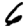
Digit: 6